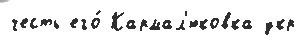
честь его́ Кармал'юковка укр